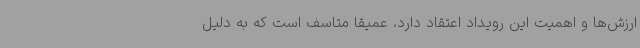
ارزش‌ها و اهمیت این رویداد اعتقاد دارد، عمیقا متاسف است که به دلیل